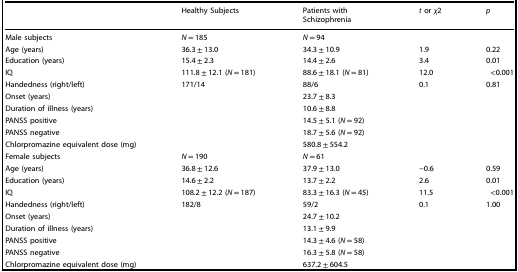
<table><thead><tr><td></td><td><b>Healthy Subjects</b></td><td><b>Patients with Schizophrenia</b></td><td><b><i>t</i> or <i>χ</i>2</b></td><td><b><i>p</i></b></td></tr></thead><tbody><tr><td>Male subjects</td><td><i>N</i> = 185</td><td><i>N</i> = 94</td><td></td><td></td></tr><tr><td>Age (years)</td><td>36.3 ± 13.0</td><td>34.3 ± 10.9</td><td>1.9</td><td>0.22</td></tr><tr><td>Education (years)</td><td>15.4 ± 2.3</td><td>14.4 ± 2.6</td><td>3.4</td><td>0.01</td></tr><tr><td>IQ</td><td>111.8 ± 12.1 (<i>N</i> = 181)</td><td>88.6 ± 18.1 (<i>N</i> = 81)</td><td>12.0</td><td>&lt;0.001</td></tr><tr><td>Handedness (right/left)</td><td>171/14</td><td>88/6</td><td>0.1</td><td>0.81</td></tr><tr><td>Onset (years)</td><td></td><td>23.7 ± 8.3</td><td></td><td></td></tr><tr><td>Duration of illness (years)</td><td></td><td>10.6 ± 8.8</td><td></td><td></td></tr><tr><td>PANSS positive</td><td></td><td>14.5 ± 5.1 (<i>N</i> = 92)</td><td></td><td></td></tr><tr><td>PANSS negative</td><td></td><td>18.7 ± 5.6 (<i>N</i> = 92)</td><td></td><td></td></tr><tr><td>Chlorpromazine equivalent dose (mg)</td><td></td><td>580.8 ± 554.2</td><td></td><td></td></tr><tr><td>Female subjects</td><td><i>N</i> = 190</td><td><i>N</i> = 61</td><td></td><td></td></tr><tr><td>Age (years)</td><td>36.8 ± 12.6</td><td>37.9 ± 13.0</td><td>−0.6</td><td>0.59</td></tr><tr><td>Education (years)</td><td>14.6 ± 2.2</td><td>13.7 ± 2.2</td><td>2.6</td><td>0.01</td></tr><tr><td>IQ</td><td>108.2 ± 12.2 (<i>N</i> = 187)</td><td>83.3 ± 16.3 (<i>N</i> = 45)</td><td>11.5</td><td>&lt;0.001</td></tr><tr><td>Handedness (right/left)</td><td>182/8</td><td>59/2</td><td>0.1</td><td>1.00</td></tr><tr><td>Onset (years)</td><td></td><td>24.7 ± 10.2</td><td></td><td></td></tr><tr><td>Duration of illness (years)</td><td></td><td>13.1 ± 9.9</td><td></td><td></td></tr><tr><td>PANSS positive</td><td></td><td>14.3 ± 4.6 (<i>N</i> = 58)</td><td></td><td></td></tr><tr><td>PANSS negative</td><td></td><td>16.3 ± 5.8 (<i>N</i> = 58)</td><td></td><td></td></tr><tr><td>Chlorpromazine equivalent dose (mg)</td><td></td><td>637.2 ± 604.5</td><td></td><td></td></tr></tbody></table>